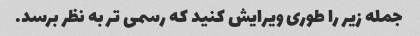
جمله زیر را طوری ویرایش کنید که رسمی تر به نظر برسد.